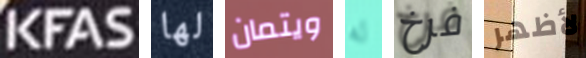
KFAS لها ويتمان له فرخ لأظهر